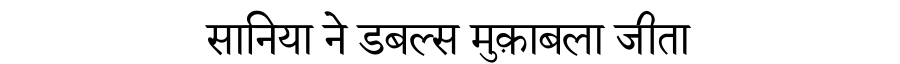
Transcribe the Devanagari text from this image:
सानिया ने डबल्स मुक़ाबला जीता